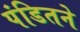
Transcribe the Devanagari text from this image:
पंडितने